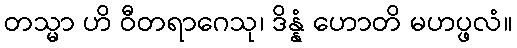
တသ္မာ ဟိ ဝီတရာဂေသု၊ ဒိန္နံ ဟောတိ မဟပ္ဖလံ။